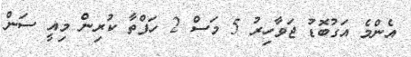
އެންމެ އަގުބޮޑު ޖަވާހިރު 5 މަސް 2 ހަފްތާ ކުރިން މިއީ ސަން